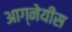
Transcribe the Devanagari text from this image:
आग्‍नेयीस